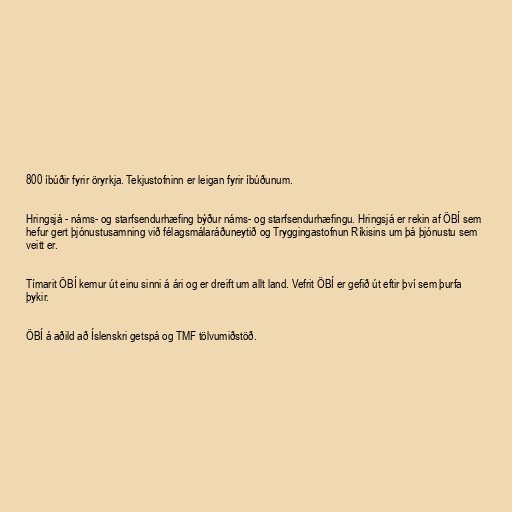
800 íbúðir fyrir öryrkja. Tekjustofninn er leigan fyrir íbúðunum.

Hringsjá - náms- og starfsendurhæfing býður náms- og starfsendurhæfingu. Hringsjá er rekin af ÖBÍ sem
hefur gert þjónustusamning við félagsmálaráðuneytið og Tryggingastofnun Ríkisins um þá þjónustu sem
veitt er.

Tímarit ÖBÍ kemur út einu sinni á ári og er dreift um allt land. Vefrit ÖBÍ er gefið út eftir því sem þurfa
þykir.

ÖBÍ á aðild að Íslenskri getspá og TMF tölvumiðstöð.